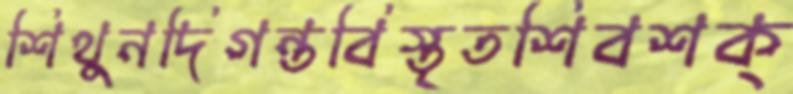
শিথুনদিগন্তবিস্তৃতশিবশক্